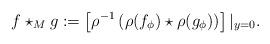
LaTeX: \begin{align*}f\star_M g:= \left[\rho^{-1}\left(\rho(f_\phi)\star\rho(g_\phi)\right)\right]|_{y=0}.\end{align*}